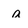
Character: a